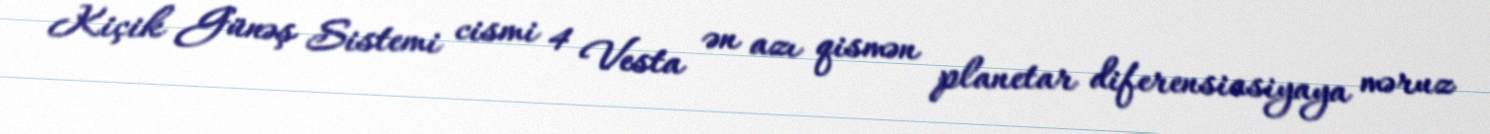
Kiçik Günəş Sistemi cismi 4 Vesta ən azı qismən planetar diferensiasiyaya məruz